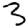
Digit: 3